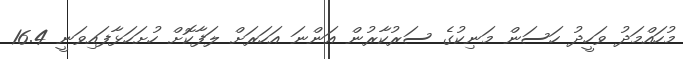
މުހައްމަދު ވަހީދު ހަސަން މަނިކުގެ ސަރުކާރުން އަންނަ އަހަރަށް ލަފާކޮށް ހުށަހަޅާފައިވަނީ 16.4